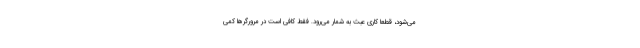
می‌شود، قطعاً کاری عبث به شمار می‌رود. فقط کافی است در مرورگرها کمی